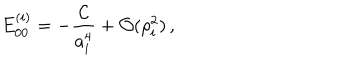
LaTeX: E _ { 0 0 } ^ { ( i ) } = - \frac { { \cal C } } { a _ { i } ^ { 4 } } + { \cal O } ( \rho _ { i } ^ { 2 } ) \, ,